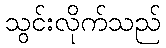
သွင်းလိုက်သည်